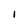
Character: I